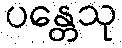
ပန္တေသု